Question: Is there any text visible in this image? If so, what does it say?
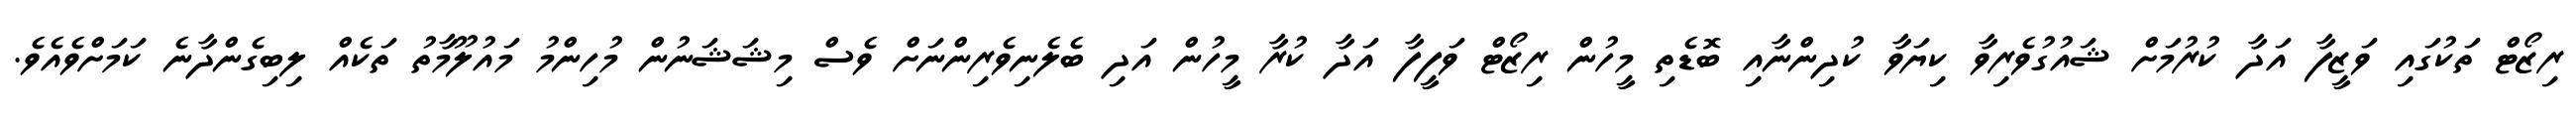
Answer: ރިޒޯޓް ތަކުގައި ވަޒީފާ އަދާ ކުރުމަށް ޝައުގުވެރިވާ ކިޔަވާ ކުދިންނާއި ބޮޑެތި މީހުން ރިޒޯޓް ވަފީފާ އަދާ ކުރާ މީހުން އަދި ބެލެނިވެރިންނަށް ވެސް މިޝަޝަނުން މުހިންމު މައުލޫމާތު ތަކެއް ލިބިގެންދާނެ ކަމަށްވެއެވެ.